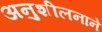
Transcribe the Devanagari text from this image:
अनुशीलनाने